Indian journal of veterinary science and animal husbandry - Volume 7,
Year: 1937
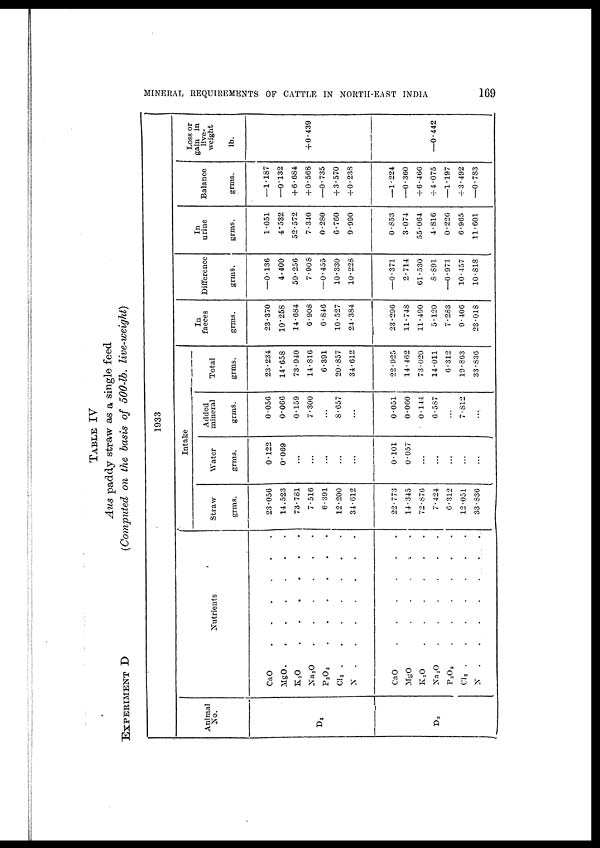
MINERAL REQUIREMENTS OF CATTLE IN NORTH-EAST INDIA
169
TABLE IV
Aus paddy straw as a single feed
EXPERIMENT D
(Computed
on the basis of 500-lb. live-weight)
1933
Animal
No.
D 1
D 3
Nutrients
CaO.
.
.
.
.
.
.
MgO.
.
.
.
.
.
.
K 2 O.
.
.
.
.
.
.
Na 2 O.
.
.
.
.
.
.
P 2 O 5
.
.
.
.
.
.
.
Cl 2
.
.
.
.
.
.
.
N . . . . . . .
CaO
.
.
.
.
.
.
.
MgO
.
.
.
.
.
.
.
K 2 O
.
.
.
.
.
.
.
Na 2 O
.
.
.
.
.
.
.
P 2 O 5
.
.
.
.
.
.
.
Cl 2
.
.
.
.
.
.
.
N . . . . . . .
Intake
Straw
grms.
23.056
14.523
73.781
7.516
6.391
12.200
34.612
22.773
14.345
72.876
7.424
6.312
12.051
33.836
Water
grms.
0.122
0.069
...
...
...
...
...
0.101
0.057
...
...
...
...
...
Added
mineral
grms.
0.056
0.066
0.159
7.300
...
8.657
...
0.051
0.060
0.144
6.587
...
7.812
...
Total
grms.
23.234
14.658
73.940
14.816
6.391
20.857
34.612
22.925
14.462
73.020
14.011
0.312
19.863
33.836
In
faeces
grms.
23.370
10.258
14.684
6.908
6.846
10.527
24.384
23.296
11.748
11.490
5.120
7.283
9.406
23.018
Difference
grms.
—0.136
4.400
59.256
7.908
—0.455
10.330
10.228
—0.371
2.714
61.530
8.891
—0.971
10.457
10.818
In
urine
grms.
1.051
4.532
52.572
7.340
0.280
6.760
9.990
0.853
3.074
55.064
4.816
0.220
6.965
11.601
Balance
grms.
—1.187
—0.132
+6.684
+ 0.568
—0 . 735
+ 3.570
+ 0.238
—1.224
—0.360
+ 6.460
+ 4.075
—1.197
+ 3.492
—0.783
Loss or gain in
live.
weight
lb.
+ 0.439
—0.442